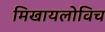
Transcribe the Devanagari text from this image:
मिखायलोविच